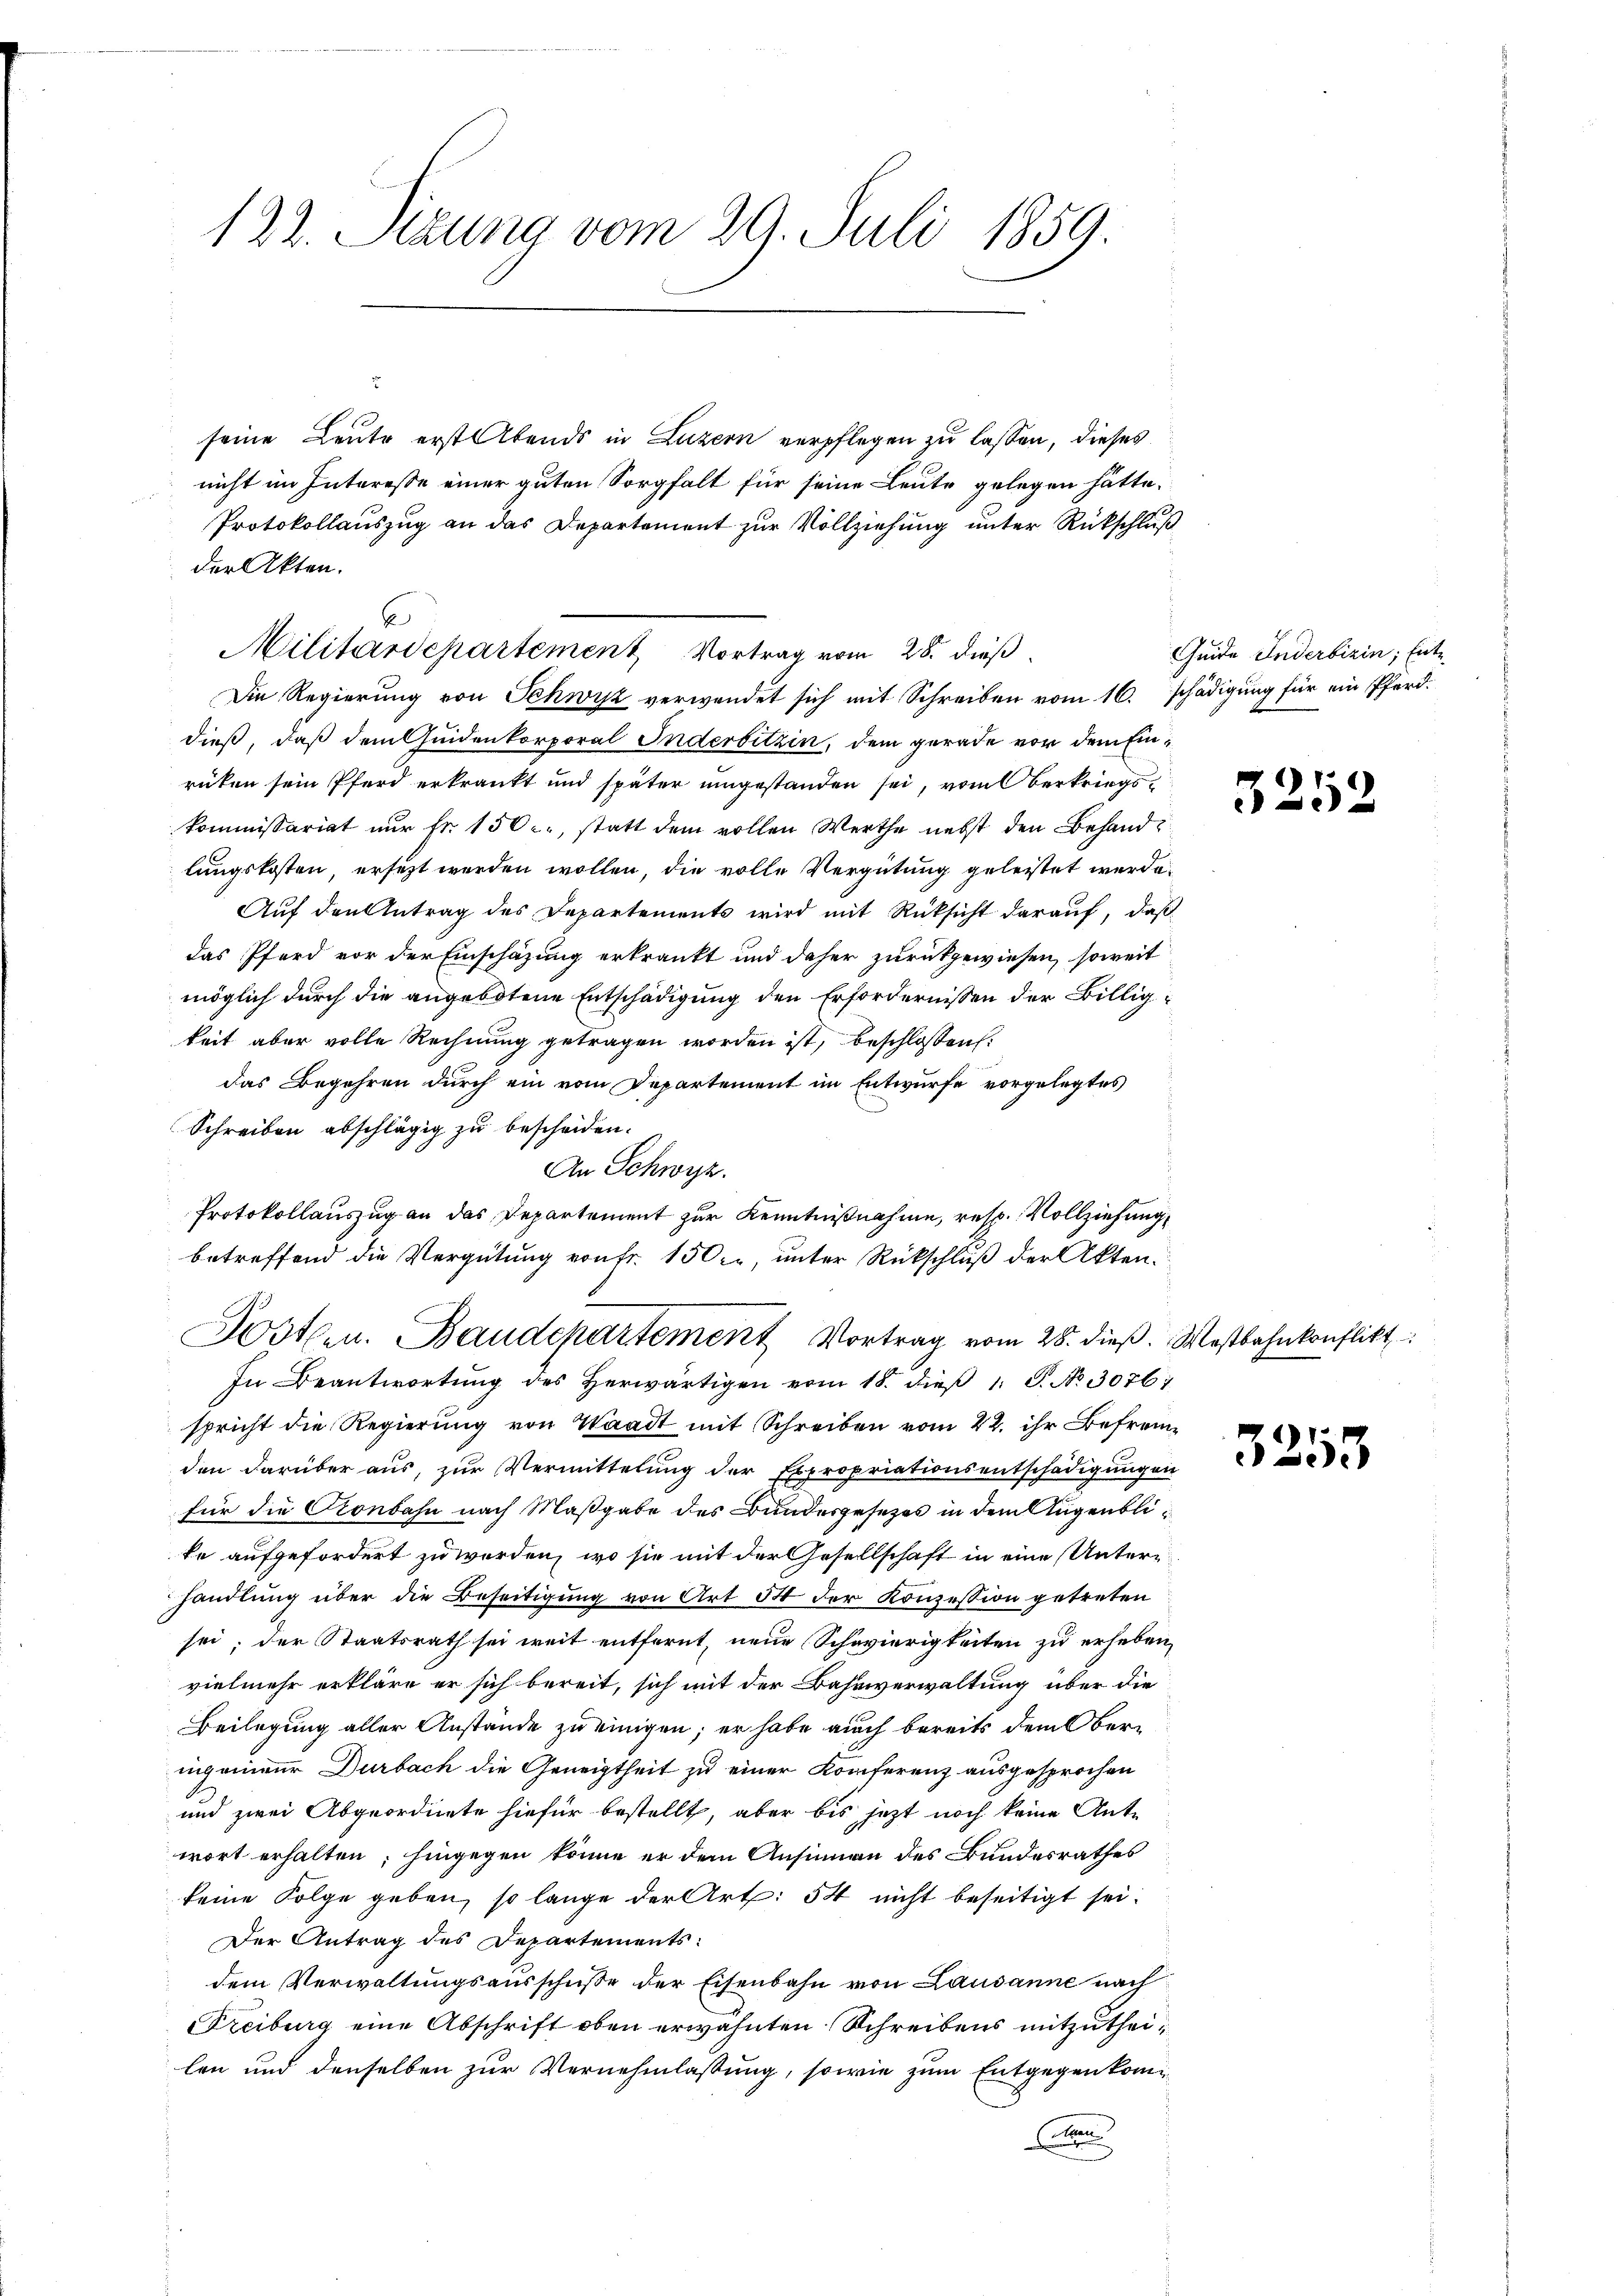
122. Stzung vom 29. Juli 1859.

seine Leute erst Abends in Luzern verpflegen zu lassen, dieses
nicht im Interesse einer guten Sorgfalt für seine Leute gelegen hätte.
Protokollauszug an das Departement zur Vollziehung unter Rückschluß
der Akten.
Die Regierung von Schwyz verwendet sich mit Schreiben vom 16. schädigung für ein Pferddieß, daß dem Guidenkorporal Inderbitzin, dem gerade vor dem Einrüken sein Pferd erkrankt und später umgestanden sei, vom Oberkriegskommissariat nur fr. 150 l., statt dem vollen Werthe nebst den Behandlungskosten, ersetzt werden wollen, die volle Vergütung geleistet werde.
Auf den Antrag des Departements wird mit Rücksicht darauf, daß
das Pferd vor der Einschazung erkrankt und daher zurückgewiesen, soweit
möglich durch die angebotene Entschädigung den Erfordernissen der Billigkeit aber volle Rechnung getragen worden ist, beschlossen:
das Begehren durch ein vom Departement im Entwurfe vorgelegtes
Schreiben abschlägig zu bescheiden.
An Schwyz.
Protokollauszug an das Departement zur Kenntnißnahme, resp. Vollziehung
betreffend die Vergütung von fr. 150, unter Rückschluß der Akten.
Posten. Baudepartement Vortrag vom 28. dieß. Westbahnkonflikt
In Beantwortŭng des herwärtigen vom 18. dieβ 1. P. No. 30761
spricht die Regierŭng von Waadt mit Schreiben vom 22. ihr Befremden darüber aus, zur Vermittelung der Expropriationsentschädigung ein
für die Conbahn nach Maßgabe des Bundesgesezes in dem Augenblike aufgefordert zu werden, wo sie mit der Gesellschaft in eine Unterhandlung über die Beseitigung von Art 34 der Konzession getreten
sei; der Staatsrath sei weit entfernt, neue Schevierigkeiten zu erheben,
vielmehr erkläre er sich bereit, sich mit der Bahnverwaltung über die
Beilegung aller Anstände zu einigen; er habe auch bereits dem Oberingenieur Durbach die Geneigtheit zu einer Konferenz ausgesprochen
und zwei Abgeordnete hiefür bestellt, aber bis jezt noch keine Ante
wort erhalten; hingegen könne er dem Ansinnen des Bundesrathes
keine Folge geben, so lange der Art: 54 nicht beseitigt sei.
Der Antrag des Departements:
dem Verwaltungsausschüße der Eisenbahn von Lausanne nach
reiburg eine Abschrift oben erwähnten Schreibens mitzutheilen und denselben zur Vernehmlassung, sowie zum Entgegenkom¬
.

6
Militärdepartement Vortrag vom 28. dieß

Geide Inderbizin, Ente

3252

3253